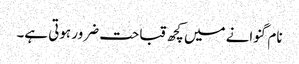
نام گنوانے میں کچھ قباحت ضرور ہوتی ہے۔